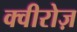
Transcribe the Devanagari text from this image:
क्वीरोज़